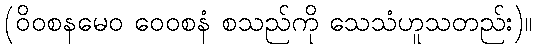
(ဝိဝစနမေဝ ဝေဝစနံ စသည်ကို သေသံဟူသတည်း)။